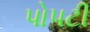
પોપટી